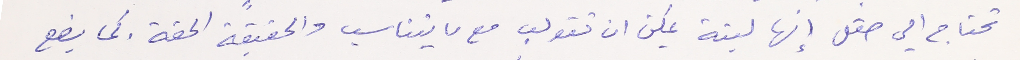
تحتاج الي صقل إنها لينة يمكن ان تقولب مع ما يتناسب والحقيقة الحقة. كما يضع